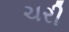
ચરી